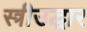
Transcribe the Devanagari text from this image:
स्त्रीउद्धार